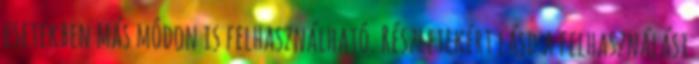
esetekben más módon is felhasználható. Részletekért lásd a felhasználási